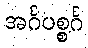
အင်္ဂပစ္စင်္ဂ